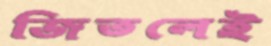
জিতলেই